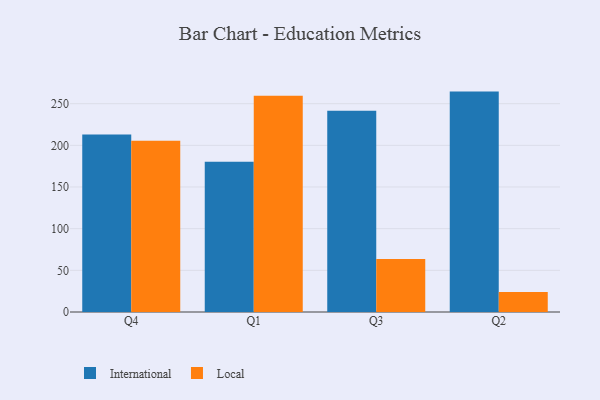
{"axis": {"x": "Quarter", "y": "Net Income (USD K)"}, "legend": ["International", "Local"], "data": [{"x": "Q4", "y": 213.1, "type": "International"}, {"x": "Q4", "y": 205.4, "type": "Local"}, {"x": "Q1", "y": 180.3, "type": "International"}, {"x": "Q1", "y": 259.4, "type": "Local"}, {"x": "Q3", "y": 241.6, "type": "International"}, {"x": "Q3", "y": 63.6, "type": "Local"}, {"x": "Q2", "y": 264.5, "type": "International"}, {"x": "Q2", "y": 24.0, "type": "Local"}]}